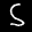
Label: 5